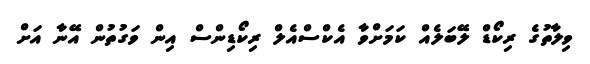
ވިލާތުގެ ރިކޯޑް ލޭބަލެއް ކަމަށްވާ އެކްސްއެލް ރިކޯޑިންސް އިން ވަގުތުން އޭނާ އަށް